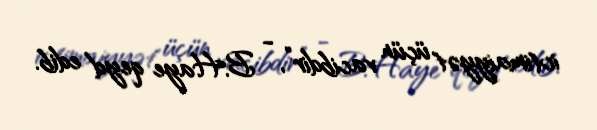
ictimaiyyət üçün vacibdir”, - B.Haye qeyd edib.